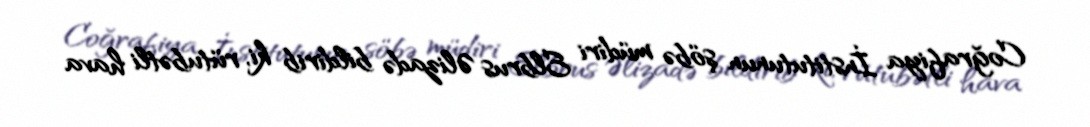
Coğrafiya İnstitutunun şöbə müdiri Elbrus Əlizadə bildirib ki, rütubətli hava